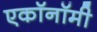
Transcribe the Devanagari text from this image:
एकॉनॉमी